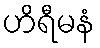
ဟိရီမနံ